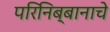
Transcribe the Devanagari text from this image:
परिनिब्बानाचे